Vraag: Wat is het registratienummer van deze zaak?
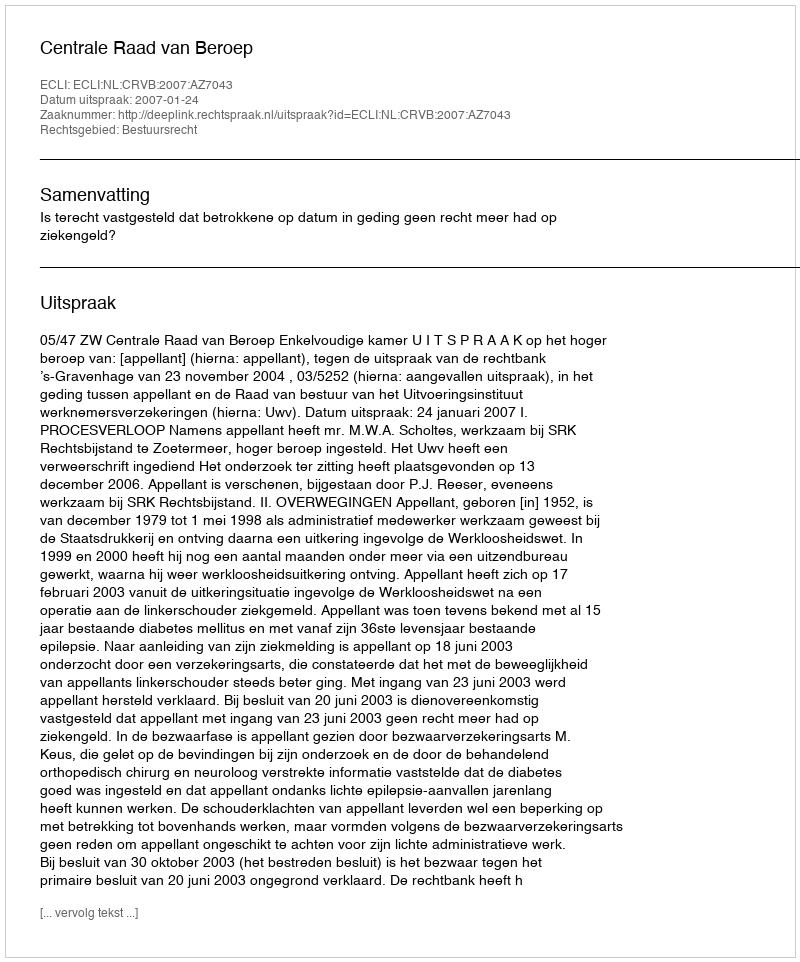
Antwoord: http://deeplink.rechtspraak.nl/uitspraak?id=ECLI:NL:CRVB:2007:AZ7043